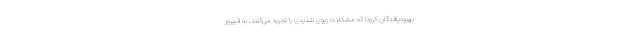
بهبودیافتگان کرونا که مشکلات ریوی شدیدی را تجربه می‌کنند، به فیبروز